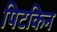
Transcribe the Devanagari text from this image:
पिटकिन